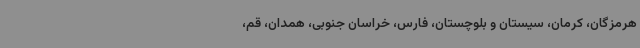
هرمزگان، کرمان، سیستان و بلوچستان، فارس، خراسان جنوبی، همدان، قم،